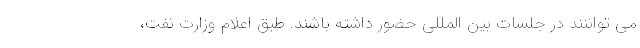
می تواننند در جلسات بین المللی حضور داشته باشند. طبق اعلام وزارت نفت،